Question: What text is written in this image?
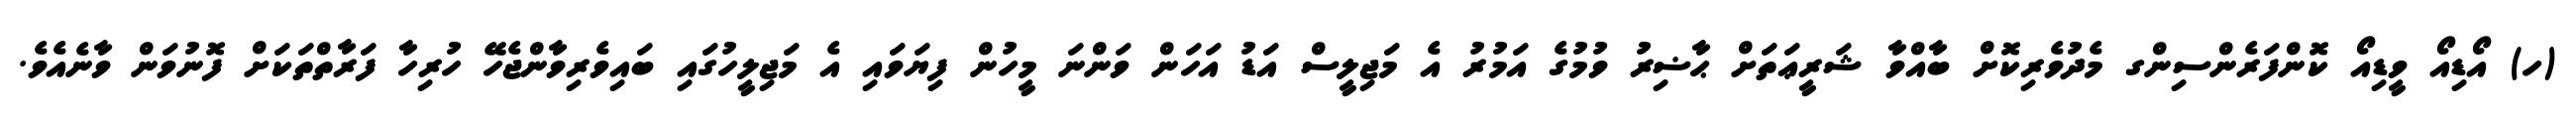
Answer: (ހ) އޯޑިއޯ ވީޑިއޯ ކޮންފަރެންސިންގ މެދުވެރިކޮށް ބާއްވާ ޝަރީޢަތަށް ޙާޟިރު ވުމުގެ އަމުރު އެ މަޖިލީސް އަޑު އަހަން ވަންނަ މީހުން ފިޔަވައި އެ މަޖިލީހުގައި ބައިވެރިވާންޖެހޭ ހުރިހާ ފަރާތްތަކަށް ފޮނުވަން ވާނެއެވެ.